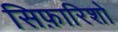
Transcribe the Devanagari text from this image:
सिफ़ारिशो